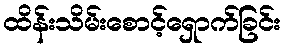
ထိန်းသိမ်းစောင့်ရှောက်ခြင်း